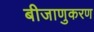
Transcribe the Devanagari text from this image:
बीजाणुकरण